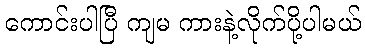
ကောင်းပါပြီ ကျမ ကားနဲ့လိုက်ပို့ပါမယ်